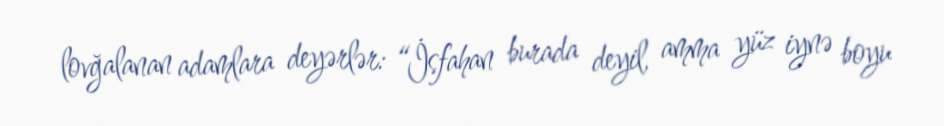
lovğalanan adamlara deyərlər: “İsfahan burada deyil, amma yüz iynə boyu